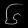
Digit: ၆